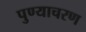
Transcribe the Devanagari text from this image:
पुण्याचरण